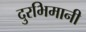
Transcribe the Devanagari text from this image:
दुरभिमानी